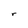
Character: r